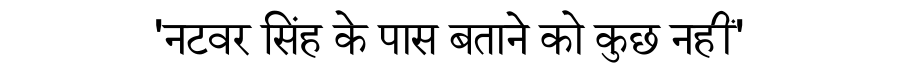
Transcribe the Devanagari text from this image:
'नटवर सिंह के पास बताने को कुछ नहीं'